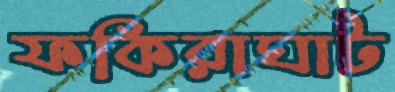
ফকিরাঘাট